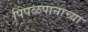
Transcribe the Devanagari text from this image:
पिंपळपानाच्या